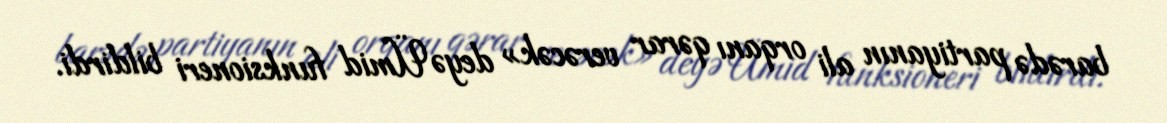
barədə partiyanın ali orqanı qərar verəcək» deyə Ümid funksioneri bildirdi.